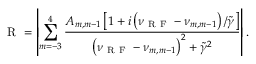
\mathrm { ~ R ~ } = \left| \sum _ { m = - 3 } ^ { 4 } \frac { A _ { m , m - 1 } \left[ 1 + i \left( \nu _ { \mathrm { ~ R ~ F ~ } } - \nu _ { m , m - 1 } \right) / \Tilde { \gamma } \right] } { \left( \nu _ { \mathrm { ~ R ~ F ~ } } - \nu _ { m , m - 1 } \right) ^ { 2 } + \Tilde { \gamma } ^ { 2 } } \right| .